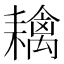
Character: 𦔟